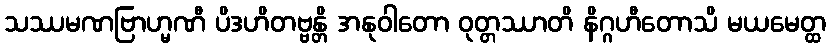
သဿမဏဗြာဟ္မဏီ ပိဒဟိတဗ္ဗန္တိ အနုဝါတော ဝုတ္တဿာတိ နိဂ္ဂဟီတောသိ မယမေတ္ထ